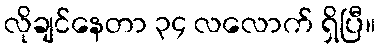
လိုချင်နေတာ ၃၄ လလောက် ရှိပြီ။